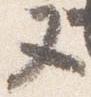
又